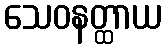
သေဝနတ္ထာယ